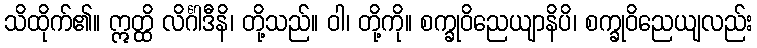
သိထိုက်၏။ ဣတ္ထိ လိင်္ဂါဒီနိ၊ တို့သည်။ ဝါ၊ တို့ကို။ စက္ခုဝိညေယျာနိပိ၊ စက္ခုဝိညေယျလည်း